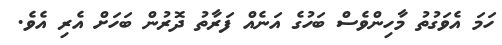
ހަމަ އެވަގުތު މާހިންވެސް ބަހުގެ އަނެއް ފަރާތު ދޮރުން ބަހަށް އެރި އެވެ.